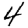
Digit: 4